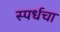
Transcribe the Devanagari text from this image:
स्पर्धचा